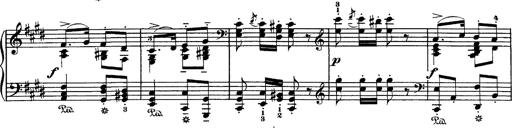
Title: Hungarian Rhapsody No.1
Composer: Franz Liszt
Key: C-sharp minor